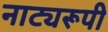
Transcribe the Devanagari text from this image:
नाट्यरूपी